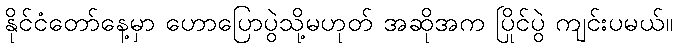
နိုင်ငံတော်နေ့မှာ ဟောပြောပွဲသို့မဟုတ် အဆိုအက ပြိုင်ပွဲ ကျင်းပမယ်။